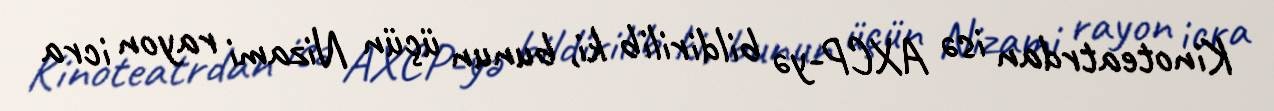
Kinoteatrdan isə AXCP-yə bildirilib ki, bunun üçün Nizami rayon icra